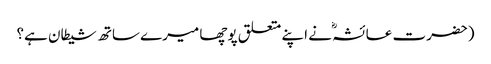
(حضرت عائشہؓ نے اپنے متعلق پوچھا میرے ساتھ شیطان ہے؟